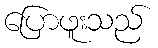
ပြောဖူးသည်